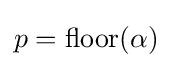
p={\text{floor}}(\alpha )